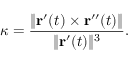
\kappa = { \frac { \| \mathbf { r } ^ { \prime } ( t ) \times \mathbf { r } ^ { \prime \prime } ( t ) \| } { \| \mathbf { r } ^ { \prime } ( t ) \| ^ { 3 } } } .